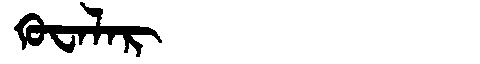
Manchu: ᡴᡠᠸᠠᠯᠠᡵ
Romanization: KUWALAR